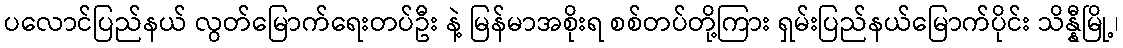
ပလောင်ပြည်နယ် လွတ်မြောက်ရေးတပ်ဦး နဲ့ မြန်မာအစိုးရ စစ်တပ်တို့ကြား ရှမ်းပြည်နယ်မြောက်ပိုင်း သိန္နီမြို့၊